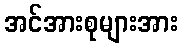
အင်အားစုများအား